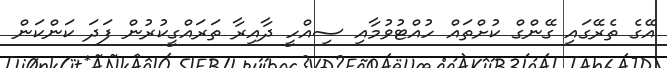
އޭގެ ތެރޭގައި ގޭންގް ކުށްތައް ހުއްޓުވުމާއި ސިއްހީ ދާއިރާ ތަރައްގީކުރުން ފަދަ ކަންކަން